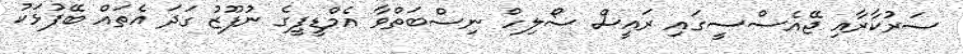
ސަރުކާރާއި ޖޭއެސްސީގައި ރައީސް ސޯލިހް ނިސްބަތްވާ އެމްޑީޕީގެ ނުފޫޒު ގަދަ އެތައް ބޭފުޅަކު